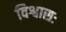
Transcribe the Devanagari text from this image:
विश्वासः